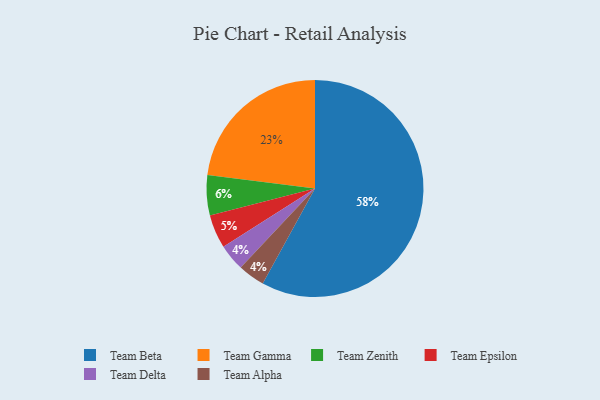
{"axis": {"x": "Category", "y": "Percentage"}, "legend": ["Team Alpha", "Team Beta", "Team Delta", "Team Epsilon", "Team Gamma", "Team Zenith"], "data": [{"x": "Team Delta", "y": 4, "type": "Team Delta"}, {"x": "Team Alpha", "y": 4, "type": "Team Alpha"}, {"x": "Team Epsilon", "y": 5, "type": "Team Epsilon"}, {"x": "Team Beta", "y": 58, "type": "Team Beta"}, {"x": "Team Gamma", "y": 23, "type": "Team Gamma"}, {"x": "Team Zenith", "y": 6, "type": "Team Zenith"}]}